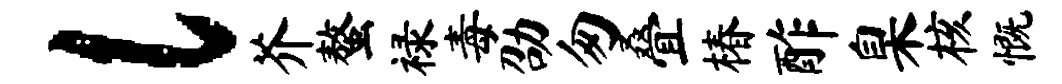
l芥螯禄毒劭匆叠椿酢臬核慨